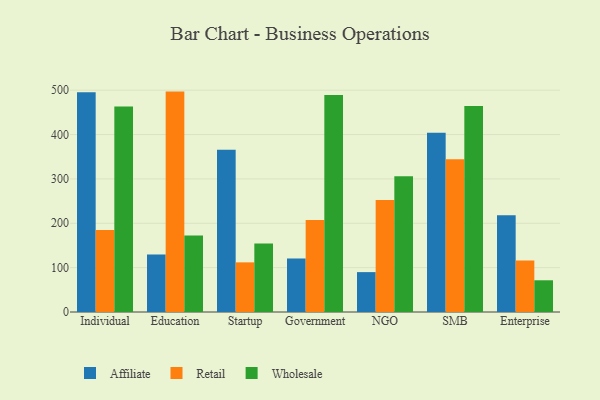
{"axis": {"x": "Segment", "y": "Page Views"}, "legend": ["Affiliate", "Retail", "Wholesale"], "data": [{"x": "Individual", "y": 495.3, "type": "Affiliate"}, {"x": "Individual", "y": 184.7, "type": "Retail"}, {"x": "Individual", "y": 463.2, "type": "Wholesale"}, {"x": "Education", "y": 129.8, "type": "Affiliate"}, {"x": "Education", "y": 496.8, "type": "Retail"}, {"x": "Education", "y": 172.5, "type": "Wholesale"}, {"x": "Startup", "y": 366.0, "type": "Affiliate"}, {"x": "Startup", "y": 111.9, "type": "Retail"}, {"x": "Startup", "y": 154.6, "type": "Wholesale"}, {"x": "Government", "y": 120.7, "type": "Affiliate"}, {"x": "Government", "y": 207.6, "type": "Retail"}, {"x": "Government", "y": 489.1, "type": "Wholesale"}, {"x": "NGO", "y": 89.9, "type": "Affiliate"}, {"x": "NGO", "y": 252.6, "type": "Retail"}, {"x": "NGO", "y": 306.2, "type": "Wholesale"}, {"x": "SMB", "y": 404.1, "type": "Affiliate"}, {"x": "SMB", "y": 344.4, "type": "Retail"}, {"x": "SMB", "y": 464.5, "type": "Wholesale"}, {"x": "Enterprise", "y": 218.2, "type": "Affiliate"}, {"x": "Enterprise", "y": 116.2, "type": "Retail"}, {"x": "Enterprise", "y": 71.5, "type": "Wholesale"}]}